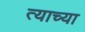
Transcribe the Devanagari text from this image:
त्‍याच्या